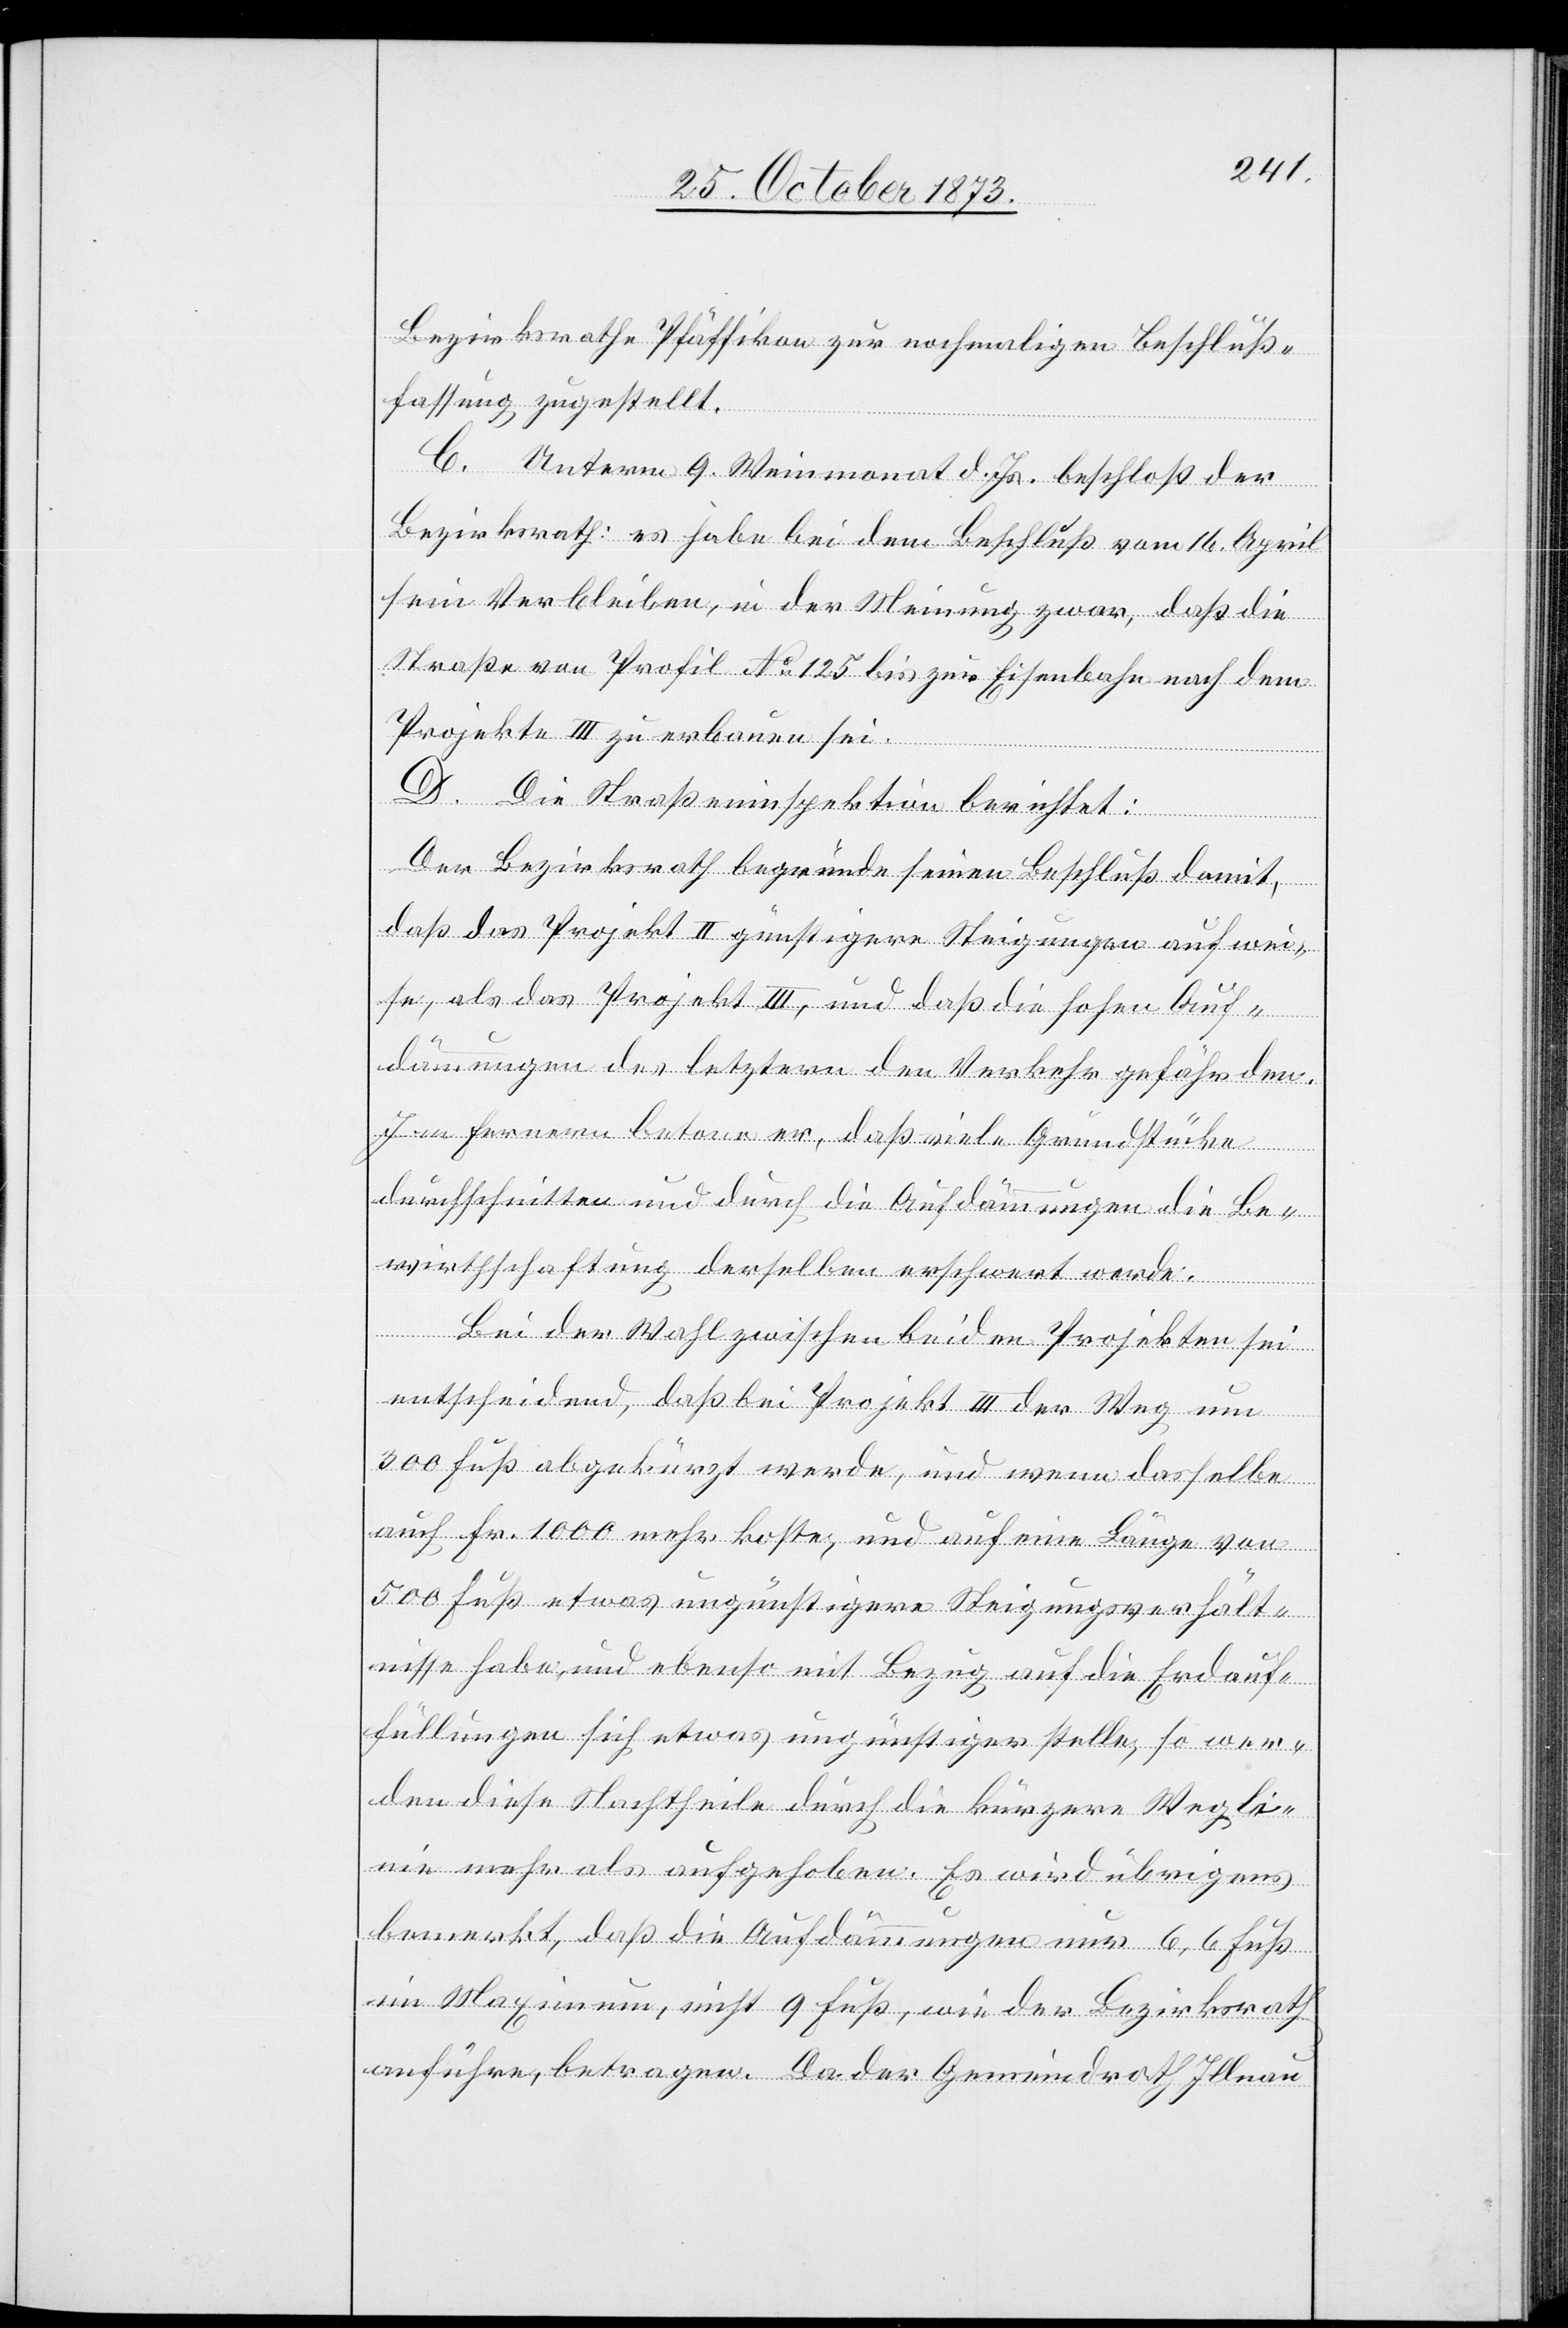
Bezirksrathe Pfäffikon zur nochmaligen Beschluß¬
fassung zugestellt.
C. Unterm 9. Weinmonat d. Js. beschloß der
Bezirksrath: es habe bei dem Beschluß vom 16. April
sein Verbleiben, in der Meinung zwar, daß die
Straße von Profil No 125 bis zur Eisenbahn nach dem
Projekte III zu erbauen sei.
D. Die Straßeninspektion berichtet:
Der Bezirksrath begründe seinen Beschluß damit,
daß das Projekt II günstigere Steigungen aufwei¬
se, als das Projekt III, und daß die hohen Auf¬
dämmungen des letztern den Verkehr gefährden.
Im Fernern betone er, daß viele Grundstücke
durchschnitten und durch die Aufdämmungen die Be¬
wirthschaftung derselben erschwert werde.
Bei der Wahl zwischen beiden Projekten sei
entscheidend, daß bei Projekt III der Weg um
300 Fuß abkürzt werde, und wenn dasselbe
auch Fr. 1 000 mehr koste, und auf eine Länge von
500 Fuß etwas ungünstigere Steigungsverhält¬
nisse habe, und ebenso mit Bezug auf die Erdauf¬
füllungen sich etwas ungünstiger stelle, so wer¬
den diese Nachtheile durch die kürzere Wegli¬
nie mehr als aufgehoben. Es wird übrigens
bemerkt, daß die Aufdämmungen nur 6,6 Fuß
im Maximum, nicht 9 Fuß, wie der Bezirksrath
anführe, betragen. Da der Gemeindrath Illnau